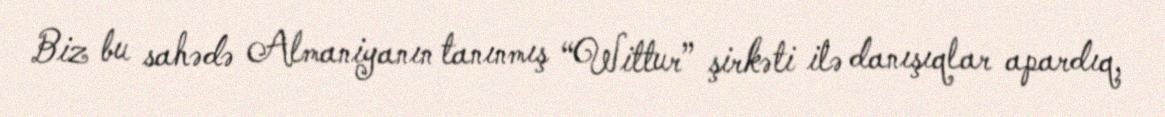
Biz bu sahədə Almaniyanın tanınmış “Wittur” şirkəti ilə danışıqlar apardıq,